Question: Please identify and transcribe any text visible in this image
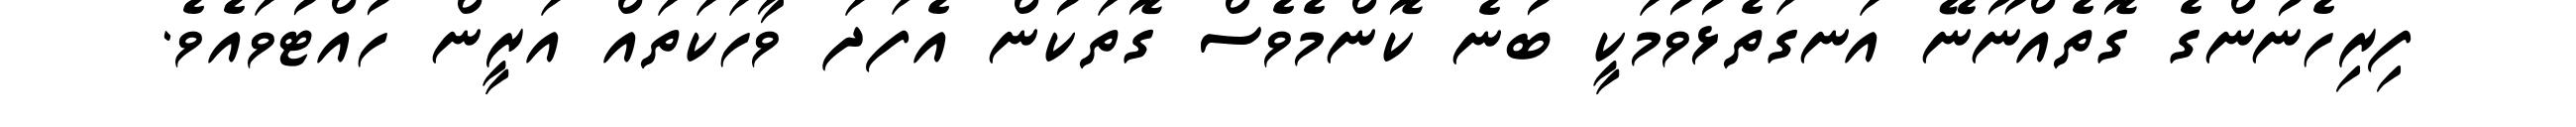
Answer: ފިރިހެނުންގެ ގޮތެއްނޫނޭ އަނގަތެޅުވުމަކީ ބުނެ ކޮންމެވެސް ގޮތަކުން އެފަދަ ވާހަކަތައް އަރީން ހުއްޓުވައެވެ.